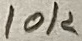
Text: 10K